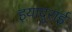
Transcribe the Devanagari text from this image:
इयादुराई